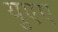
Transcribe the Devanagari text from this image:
युएए